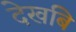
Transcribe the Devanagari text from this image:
देखबि